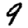
Digit: 9